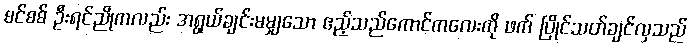
စင်စစ် ဦးရင်ညိုကလည်း အရွယ်ချင်းမမျှသော ဧည့်သည်ကောင်ကလေးကို ဖက် ပြိုင်သတ်ချင်လှသည်